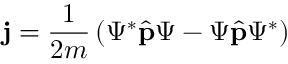
\mathbf { j } = { \frac { 1 } { 2 m } } \left( \Psi ^ { * } { \hat { \mathbf { p } } } \Psi - \Psi { \hat { \mathbf { p } } } \Psi ^ { * } \right) \,